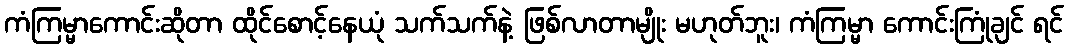
ကံကြမ္မာကောင်းဆိုတာ ထိုင်စောင့်နေယုံ သက်သက်နဲ့ ဖြစ်လာတာမျိုး မဟုတ်ဘူး၊ ကံကြမ္မာ ကောင်းကြုံချင် ရင်